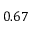
0 . 6 7